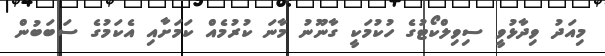
މިއަދު ވިދާޅުވީ ސިވިލްކޯޓުގެ ހުކުމަކީ ގާނޫނު މާނަ ކުރުމެއް ކަމަށާއި އެކަމުގެ ސަބަބުން